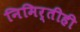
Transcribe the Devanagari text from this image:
निमिर्तीही